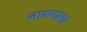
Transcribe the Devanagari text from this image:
नागचम्पा